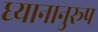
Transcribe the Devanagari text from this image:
ध्यानानुरूप